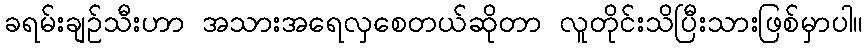
ခရမ်းချဉ်သီးဟာ အသားအရေလှစေတယ်ဆိုတာ လူတိုင်းသိပြီးသားဖြစ်မှာပါ။